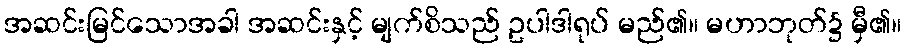
အဆင်းမြင်သောအခါ အဆင်းနှင့် မျက်စိသည် ဥပါဒါရုပ် မည်၏။ မဟာဘုတ်၌ မှီ၏။